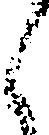
く